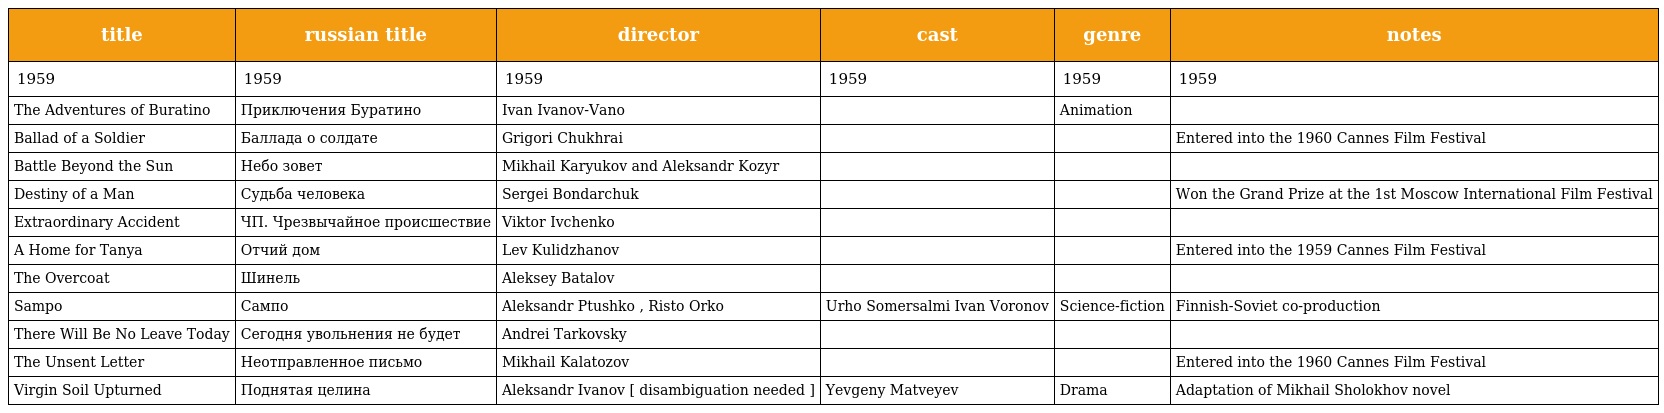
| title | russian title | director | cast | genre | notes |
 | --- | --- | --- | --- | --- | --- |
 | 1959 | 1959 | 1959 | 1959 | 1959 | 1959 |
 | The Adventures of Buratino | Приключения Буратино | Ivan Ivanov-Vano |  | Animation |  |
 | Ballad of a Soldier | Баллада о солдате | Grigori Chukhrai |  |  | Entered into the 1960 Cannes Film Festival |
 | Battle Beyond the Sun | Небо зовет | Mikhail Karyukov and Aleksandr Kozyr |  |  |  |
 | Destiny of a Man | Судьба человека | Sergei Bondarchuk |  |  | Won the Grand Prize at the 1st Moscow International Film Festival |
 | Extraordinary Accident | ЧП. Чрезвычайное происшествие | Viktor Ivchenko |  |  |  |
 | A Home for Tanya | Отчий дом | Lev Kulidzhanov |  |  | Entered into the 1959 Cannes Film Festival |
 | The Overcoat | Шинель | Aleksey Batalov |  |  |  |
 | Sampo | Сампо | Aleksandr Ptushko , Risto Orko | Urho Somersalmi Ivan Voronov | Science-fiction | Finnish-Soviet co-production |
 | There Will Be No Leave Today | Сегодня увольнения не будет | Andrei Tarkovsky |  |  |  |
 | The Unsent Letter | Неотправленное письмо | Mikhail Kalatozov |  |  | Entered into the 1960 Cannes Film Festival |
 | Virgin Soil Upturned | Поднятая целина | Aleksandr Ivanov [ disambiguation needed ] | Yevgeny Matveyev | Drama | Adaptation of Mikhail Sholokhov novel |